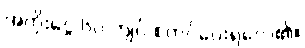
အတိုးငွေ ၆၀ ကျပ် စတင်ပေးရလေ၏။